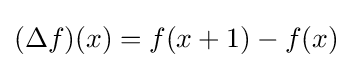
(\Delta f)(x)=f(x+1)-f(x)